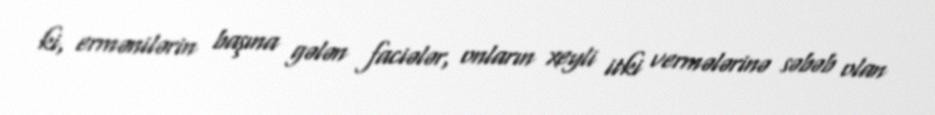
ki, ermənilərin başına gələn faciələr, onların xeyli itki vermələrinə səbəb olan